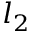
l _ { 2 }